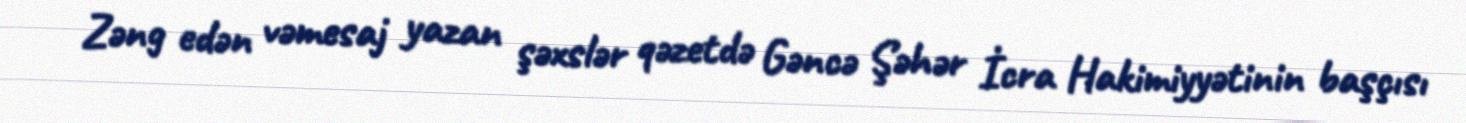
Zəng edən vəmesaj yazan şəxslər qəzetdə Gəncə Şəhər İcra Hakimiyyətinin başçısı